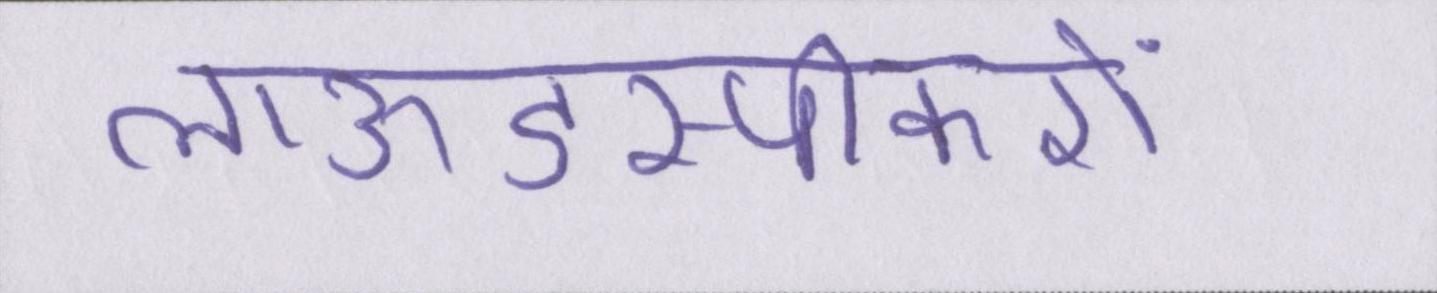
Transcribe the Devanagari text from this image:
लाऊडस्पीकरों